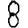
Digit: 8